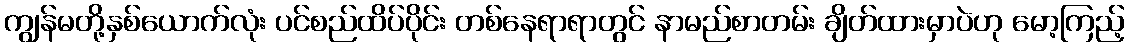
ကျွန်မတို့နှစ်ယောက်လုံး ပင်စည်ထိပ်ပိုင်း တစ်နေရာရာတွင် နာမည်စာတမ်း ချိတ်ထားမှာပဲဟု မော့ကြည့်